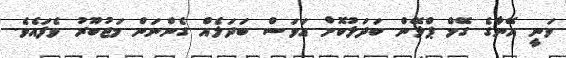
ވަނީ އޭނާގެ ގޭމް ޕްލޭން ބަދަލުކޮށް އަވަސް ބަދަލެއް ގެންނަން މަޖުބޫރު ވެފައެވެ.